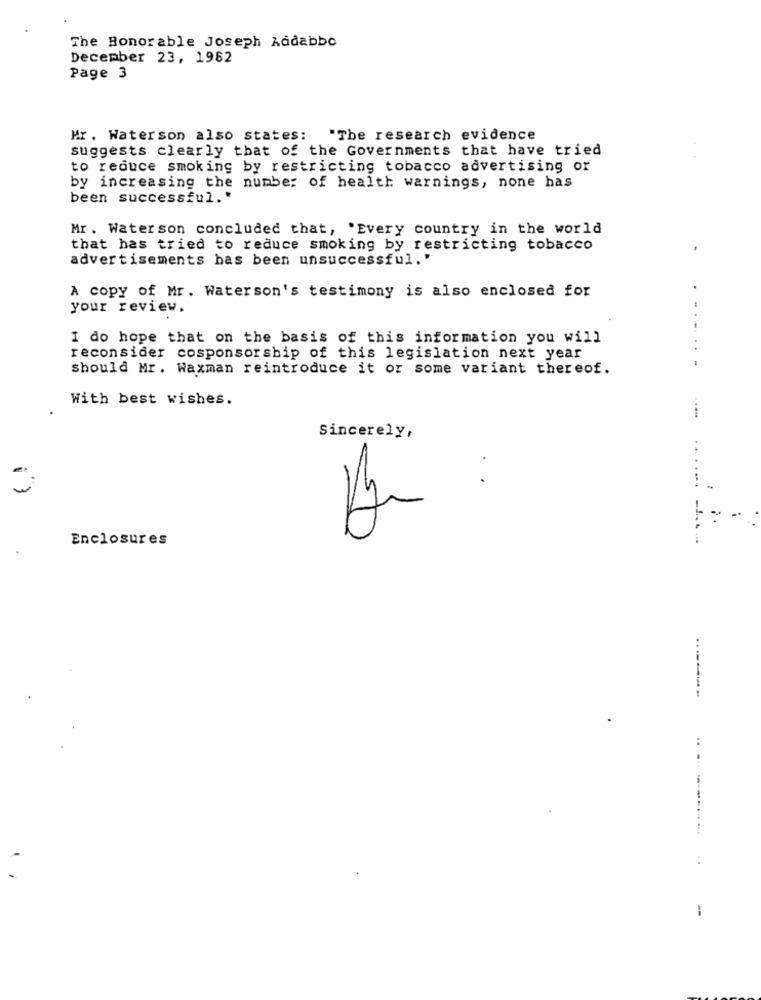
The Bonorable Joseph Addabbo
December 23, 1962
Page 3
Mr. Waterson also states: "The research evidence
suggests clearly that of the Governments that have tried
to reduce smoking by restricting tobacco advertising or
by increasing the number of health warnings, none has
been successful."
Mr. Waterson concluded that, "Every country in the world
that has tried to reduce smoking by restricting tobacco
advertisements has been unsuccessful."
A copy of Mr. Waterson's testimony is also enclosed for
your review.
I do hope that on the basis of this information you will
reconsider cosponsorship of this legislation next year
should Mr. Waxman reintroduce it or some variant thereof.
With best wishes.
Sincerely,
..
..
Enclosures
50
:
-